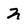
Character: 2